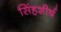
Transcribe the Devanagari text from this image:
सिंहशीर्ष